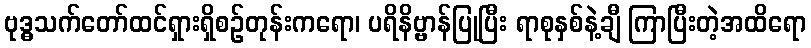
ဗုဒ္ဓသက်တော်ထင်ရှားရှိစဉ်တုန်းကရော၊ ပရိနိဗ္ဗာန်ပြုပြီး ရာစုနှစ်နဲ့ချီ ကြာပြီးတဲ့အထိရော